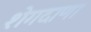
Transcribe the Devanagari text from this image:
शेगदाणा